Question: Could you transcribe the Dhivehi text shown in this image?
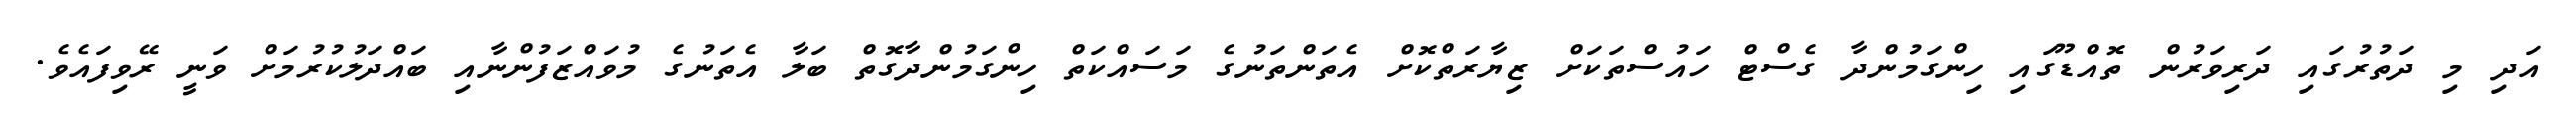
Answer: އަދި މި ދަތުރުގައި ދަރިވަރުން ތޮއްޑޫގައި ހިންގަމުންދާ ގެސްޓް ހައުސްތަކަށް ޒިޔާރަތްކޮށް އެތަންތަނުގެ މަސައްކަތް ހިންގަމުންދާގޮތް ބަލާ އެތަނުގެ މުވައްޒަފުންނާއި ބައްދަލުކުރުމަށް ވަނީ ރޭވިފައެވެ.